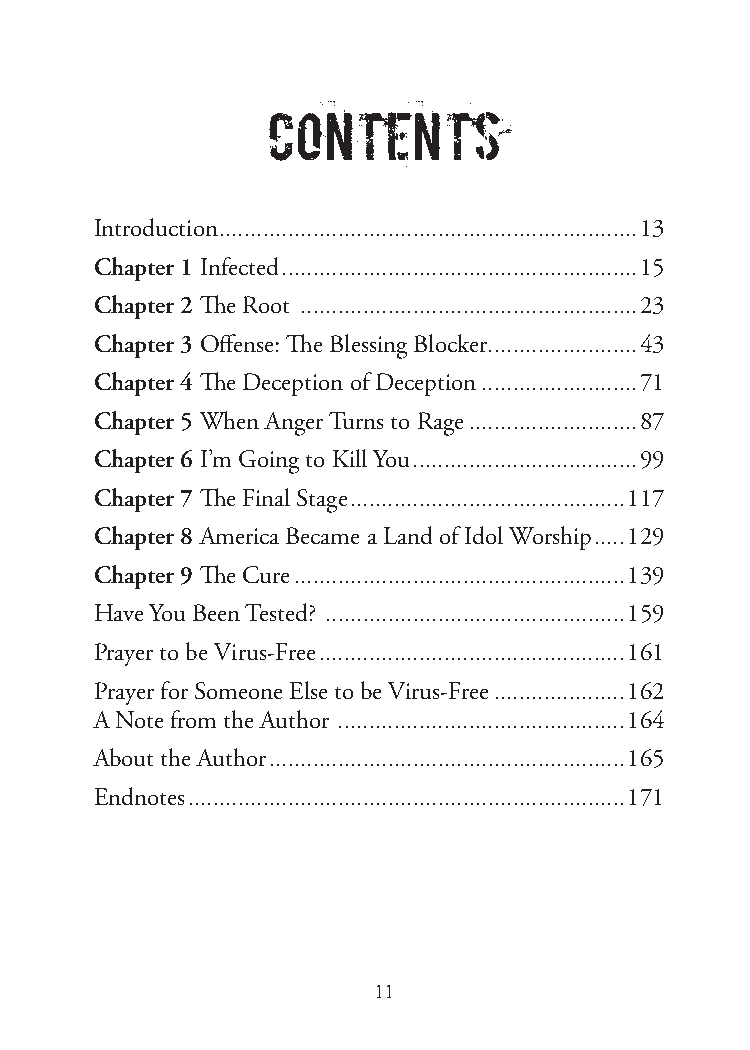
Contents
 Introduction ...................................................................13
 Chapter 1 Infected .........................................................15
 Chapter 2 The Root ......................................................23
 Chapter 3 Offense: The Blessing Blocker ........................43
 Chapter 4 The Deception of Deception .........................71
 Chapter 5 When Anger Turns to Rage ...........................87
 Chapter 6 I’m Going to Kill You ....................................99
 Chapter 7 The Final Stage ............................................117
 Chapter 8 America Became a Land of Idol Worship .....129
 Chapter 9 The Cure .....................................................139
 Have You Been Tested? ................................................159
 Prayer to be Virus-Free .................................................161
 Prayer for Someone Else to be Virus-Free .....................162
 A Note from the Author ..............................................164
 About the Author .........................................................165
 Endnotes ......................................................................171
 11